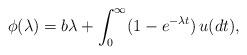
LaTeX: \begin{align*}\phi(\lambda)=b\lambda+\int^\infty_0(1-e^{-\lambda t})\,u(dt),\end{align*}